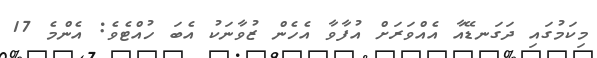
މިކަމުގައި ދަގަނޑޭއާ އެއްވަރަށް އުފާވާ އެހެން ޒުވާނަކު އެބަ ހުއްޓެވެ: އެންމެ 17